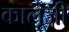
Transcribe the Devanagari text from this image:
कालूजी